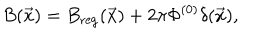
B ( \vec { x } ) = B _ { \mathrm { r e g } } ( \vec { x } ) + 2 \pi \Phi ^ { ( 0 ) } \delta ( \vec { x } ) ,